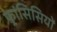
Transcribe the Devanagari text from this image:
फ़्रांसिसियों